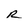
Character: R